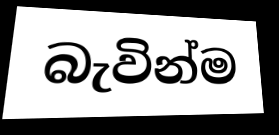
බැවින්ම